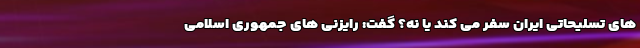
های تسلیحاتی ایران سفر می کند یا نه؟ گفت: رایزنی های جمهوری اسلامی